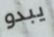
يبدو